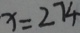
x = 2 7 4